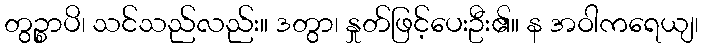
တွဉ္စာပိ၊ သင်သည်လည်း။ ဒတွာ၊ နှုတ်ဖြင့်ပေးဦး၏။ န အဝါကရေယျ၊